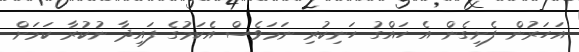
އަހަރުން ފެށިގެން އެ ހައްގު ހަނިކުރި ނަމަވެސް އެކަމުގެ ފައިދާ ނުކުރާ ކަމަށް